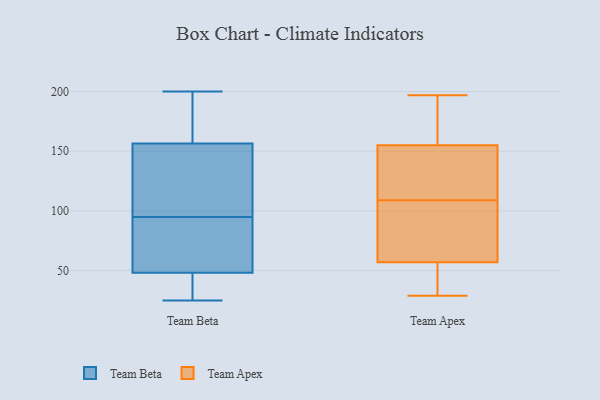
{"axis": {"x": "Humidity (%)", "y": "Value"}, "legend": ["Team Apex", "Team Beta"], "data": [{"x": "", "y": 200, "type": "Team Beta"}, {"x": "", "y": 190, "type": "Team Beta"}, {"x": "", "y": 43, "type": "Team Beta"}, {"x": "", "y": 25, "type": "Team Beta"}, {"x": "", "y": 80, "type": "Team Beta"}, {"x": "", "y": 64, "type": "Team Beta"}, {"x": "", "y": 40, "type": "Team Beta"}, {"x": "", "y": 122, "type": "Team Beta"}, {"x": "", "y": 162, "type": "Team Beta"}, {"x": "", "y": 69, "type": "Team Beta"}, {"x": "", "y": 43, "type": "Team Beta"}, {"x": "", "y": 136, "type": "Team Beta"}, {"x": "", "y": 95, "type": "Team Beta"}, {"x": "", "y": 140, "type": "Team Beta"}, {"x": "", "y": 171, "type": "Team Beta"}, {"x": "", "y": 155, "type": "Team Apex"}, {"x": "", "y": 57, "type": "Team Apex"}, {"x": "", "y": 64, "type": "Team Apex"}, {"x": "", "y": 197, "type": "Team Apex"}, {"x": "", "y": 172, "type": "Team Apex"}, {"x": "", "y": 33, "type": "Team Apex"}, {"x": "", "y": 98, "type": "Team Apex"}, {"x": "", "y": 29, "type": "Team Apex"}, {"x": "", "y": 120, "type": "Team Apex"}, {"x": "", "y": 124, "type": "Team Apex"}]}